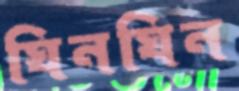
ঘিনঘিন